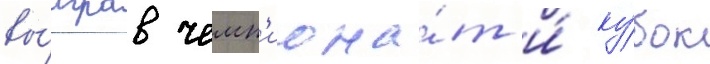
вы́играв чемп'иона́т и́ ку́бок